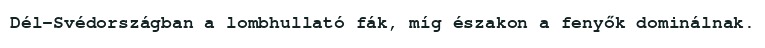
Dél-Svédországban a lombhullató fák, míg északon a fenyők dominálnak.